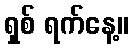
ရှစ် ရက်နေ့။